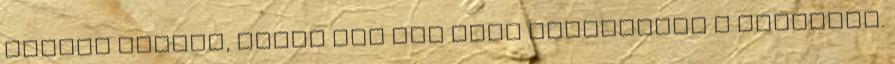
csatát hozott, utána már nem volt veszélyben a győzelem.